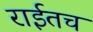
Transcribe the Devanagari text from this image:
राईतच